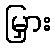
မြှား